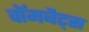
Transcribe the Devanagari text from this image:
वॉमबैट्स